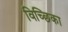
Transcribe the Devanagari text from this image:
विच्छिका